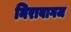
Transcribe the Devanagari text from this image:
निरावागज